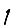
Digit: 1